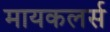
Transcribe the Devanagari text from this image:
मायकलर्स